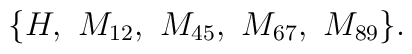
\{H,~M_{12},~M_{45},~M_{67},~M_{89}\}.